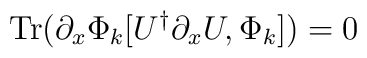
{\rm Tr}( \partial_x \Phi_k [U^\dagger \partial_x U, \Phi_k ] ) =0